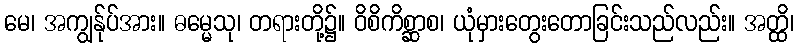
မေ၊ အကျွန်ုပ်အား။ ဓမ္မေသု၊ တရားတို့၌။ ဝိစိကိစ္ဆာစ၊ ယုံမှားတွေးတောခြင်းသည်လည်း။ အတ္ထိ၊